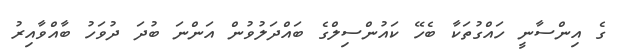
ގެ އިންސާނީ ހައްގުތަކާ ބެހޭ ކައުންސިލްގެ ބައްދަލުވުން އަންނަ ބުދަ ދުވަހު ބާއްވާއިރު